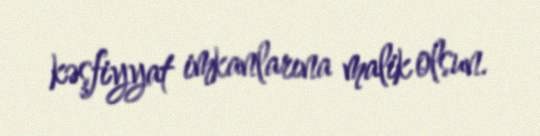
kəşfiyyat imkanlarına malik olsun.